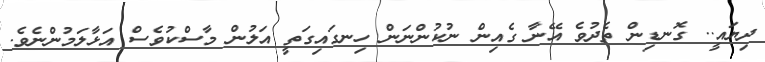
ދިޔައީ.. ގޮނޑިން ތެދުވެ އޭނާ ގެއިން ނުކުންނަން ހިނގައިގަތީ އަލުން މާސްކުވެސް އަޅާލަމުންނެވެ.